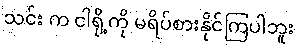
သင်း က ငါရို့ကို မရိပ်စားနိုင်ကြပါဘူး